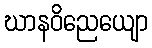
ဃာနဝိညေယျော